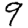
Digit: 9